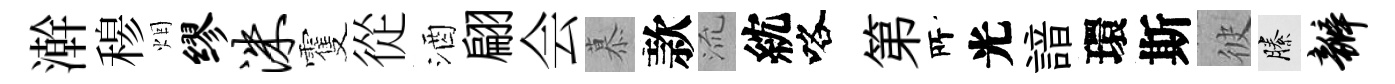
澣𥠇烟缪洙䨥從酒翩会慕款𣴑紞咯第𠩄光諳環斯彼縢瓣